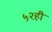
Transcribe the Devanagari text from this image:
५२ही